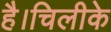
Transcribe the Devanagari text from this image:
है।चिलीके